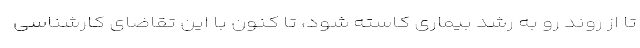
تا از روند رو به رشد بیماری کاسته شود، تا کنون با این تقاضای کارشناسی